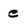
Character: e